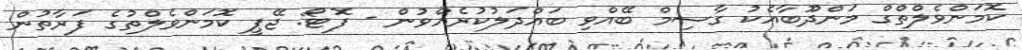
ކޮމަންވެލްތްގް މަންދޫބާއެކު ގާސިމް ބޭއްވި ބައްދަލުކުރެއްވުން - ފޮޓޯ: ޖޭޕީ ކޮމަންވެލްތުގެ ފަރާތުން